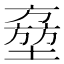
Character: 𡑔